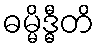
ဓမ္မိဒ္ဓီတိ